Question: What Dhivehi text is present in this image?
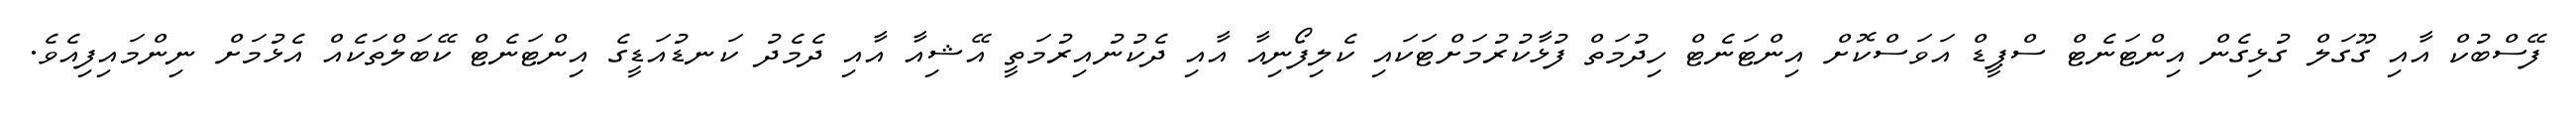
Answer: ފޭސްބުކް އާއި ގޫގަލް ގުޅިގެން އިންޓަނެޓް ސްޕީޑް އަވަސްކޮށް އިންޓަނެޓް ހިދުމަތް ފުޅާކުރުމަށްޓަކައި ކެލިފޯނިއާ އާއި ދެކުނުއިރުމަތީ އޭޝިއާ އާއި ދެމެދު ކަނޑުއަޑީގެ އިންޓަނެޓް ކޭބަލްތަކެއް އެޅުމަށް ނިންމައިފިއެވެ.